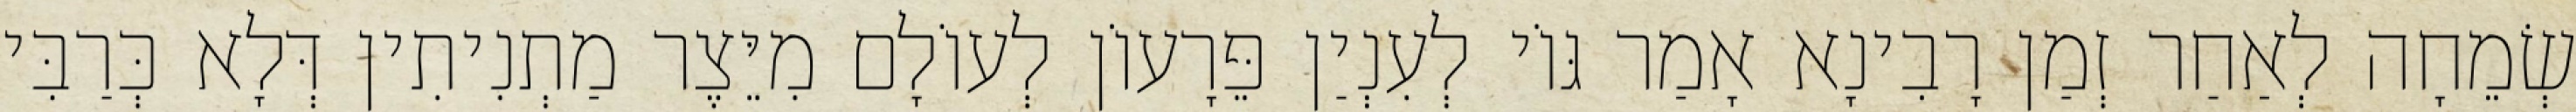
שְׂמֵחָה לְאַחַר זְמַן רָבִינָא אָמַר גּוֹי לְעִנְיַן פֵּרָעוֹן לְעוֹלָם מִיֵּצֶר מַתְנִיתִין דְּלָא כְּרַבִּי